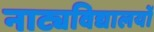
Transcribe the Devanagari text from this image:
नाट्यविद्यालयों